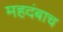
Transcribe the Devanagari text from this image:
महदंबाच